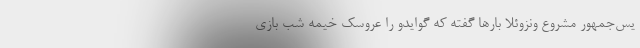
یس‌جمهور مشروع ونزوئلا بارها گفته که گوایدو را عروسک خیمه شب ‌بازی